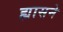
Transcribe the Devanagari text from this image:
ह्यासने